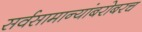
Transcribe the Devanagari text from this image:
सर्वसामान्यांबरोबरच